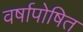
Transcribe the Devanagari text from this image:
वर्षापोषित